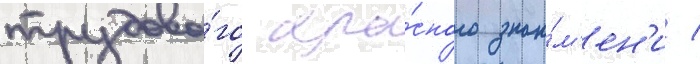
трудово́го кра́сного зна́м'ен'и /